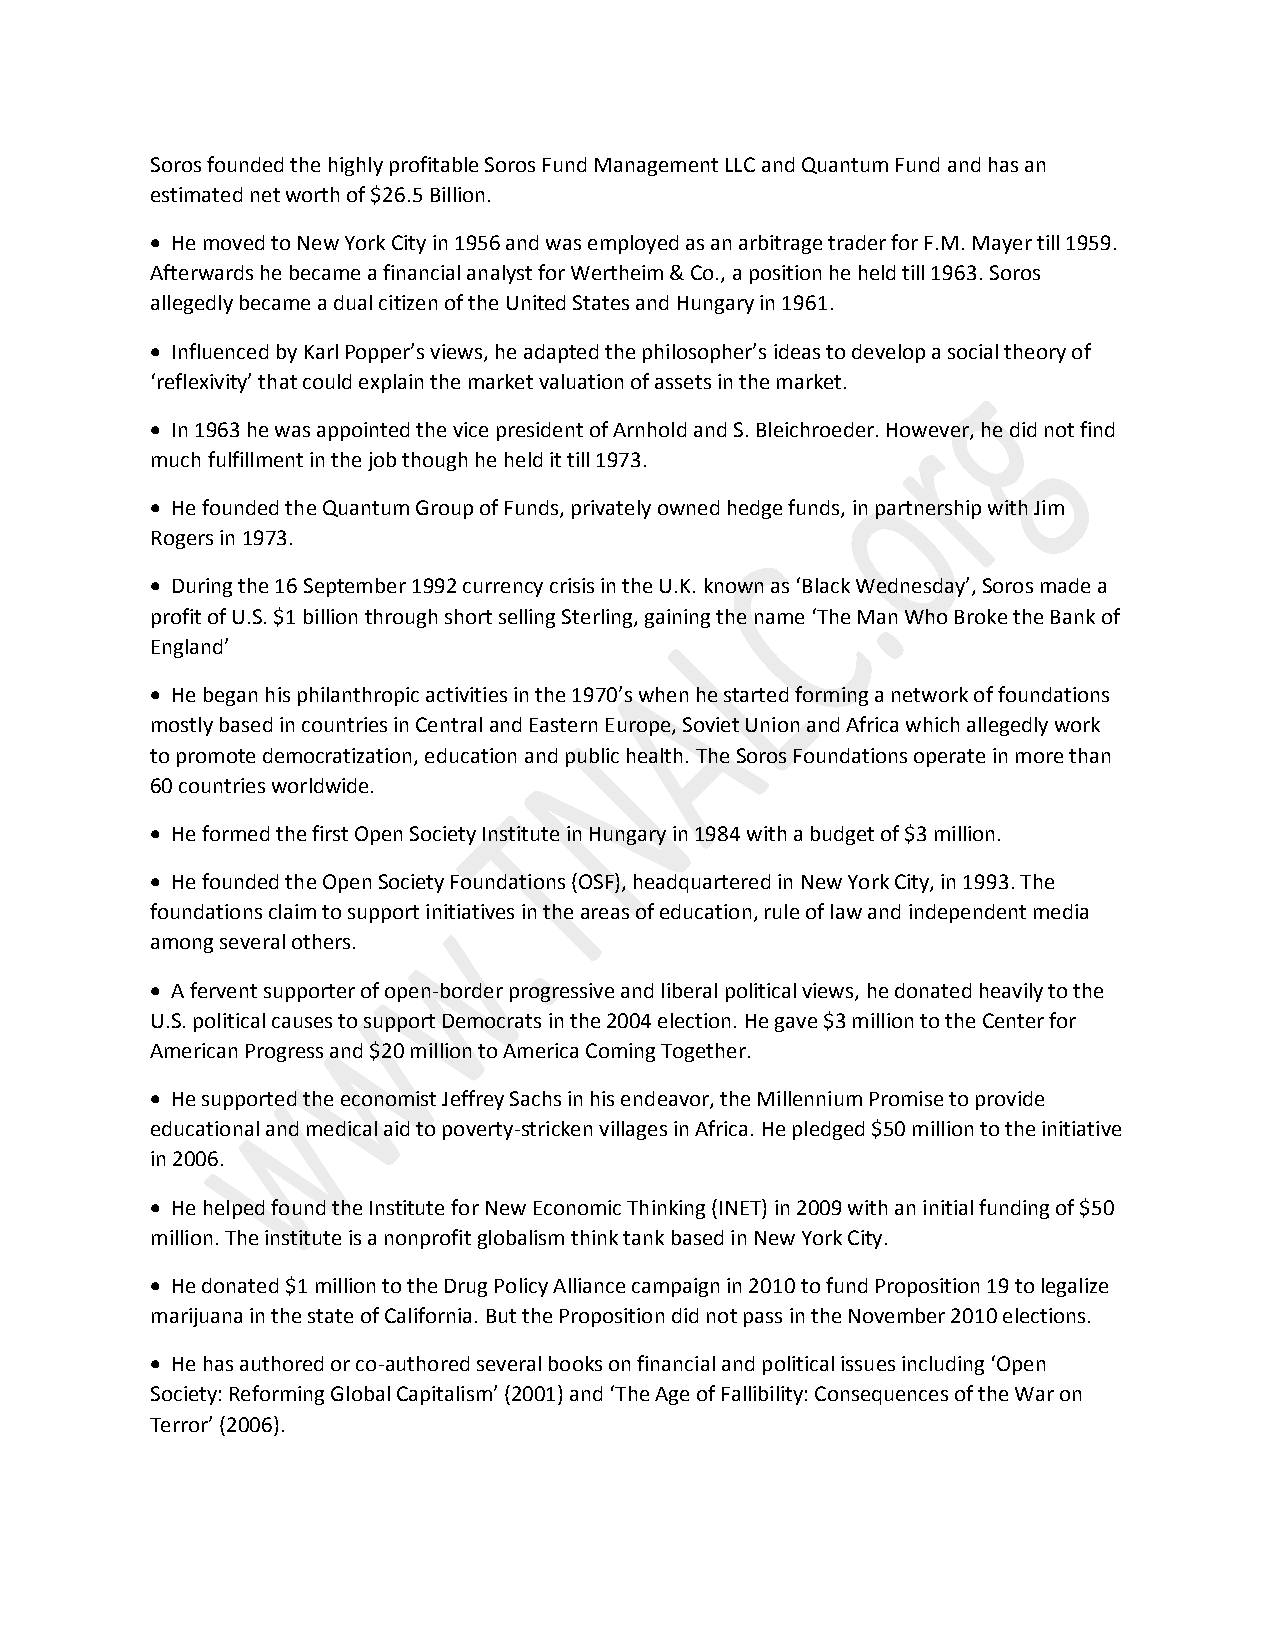
Soros founded the highly profitable Soros Fund Management LLC and Quantum Fund and has an
 estimated net worth of $26.5 Billion.
 • He moved to New York City in 1956 and was employed as an arbitrage trader for F.M. Mayer till 1959.
 Afterwards he became a financial analyst for Wertheim & Co., a position he held till 1963. Soros
 allegedly became a dual citizen of the United States and Hungary in 1961.
 • Influenced by Karl Popper’s views, he adapted the philosopher’s ideas to develop a social theory of
 ‘reflexivity’ that could explain the market valuation of assets in the market.
 • In 1963 he was appointed the vice president of Arnhold and S. Bleichroeder. However, he did not find
 much fulfillment in the job though he held it till 1973.
 • He founded the Quantum Group of Funds, privately owned hedge funds, in partnership with Jim
 Rogers in 1973.
 • During the 16 September 1992 currency crisis in the U.K. known as ‘Black Wednesday’, Soros made a
 profit of U.S. $1 billion through short selling Sterling, gaining the name ‘The Man Who Broke the Bank of
 England’
 • He began his philanthropic activities in the 1970’s when he started forming a network of foundations
 mostly based in countries in Central and Eastern Europe, Soviet Union and Africa which allegedly work
 to promote democratization, education and public health. The Soros Foundations operate in more than
 60 countries worldwide.
 • He formed the first Open Society Institute in Hungary in 1984 with a budget of $3 million.
 • He founded the Open Society Foundations (OSF), headquartered in New York City, in 1993. The
 foundations claim to support initiatives in the areas of education, rule of law and independent media
 among several others.
 • A fervent supporter of open-border progressive and liberal political views, he donated heavily to the
 U.S. political causes to support Democrats in the 2004 election. He gave $3 million to the Center for
 American Progress and $20 million to America Coming Together.
 • He supported the economist Jeffrey Sachs in his endeavor, the Millennium Promise to provide
 educational and medical aid to poverty-stricken villages in Africa. He pledged $50 million to the initiative
 in 2006.
 • He helped found the Institute for New Economic Thinking (INET) in 2009 with an initial funding of $50
 million. The institute is a nonprofit globalism think tank based in New York City.
 • He donated $1 million to the Drug Policy Alliance campaign in 2010 to fund Proposition 19 to legalize
 marijuana in the state of California. But the Proposition did not pass in the November 2010 elections.
 • He has authored or co-authored several books on financial and political issues including ‘Open
 Society: Reforming Global Capitalism’ (2001) and ‘The Age of Fallibility: Consequences of the War on
 Terror’ (2006).